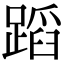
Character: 蹈